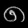
Digit: ၈